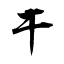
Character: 干